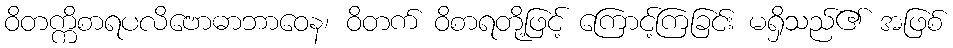
ဝိတက္ကိစာရပလိဗောဓာဘာဝေန၊ ဝိတက် ဝိစာရတို့ဖြင့် ကြောင့်ကြခြင်း မရှိသည်၏ အဖြစ်